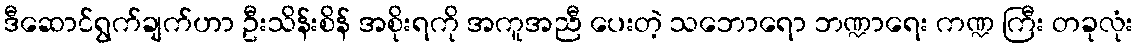
ဒီဆောင်ရွက်ချက်ဟာ ဦးသိန်းစိန် အစိုးရကို အကူအညီ ပေးတဲ့ သဘောရော ဘဏ္ဍာရေး ကဏ္ဍ ကြီး တခုလုံး